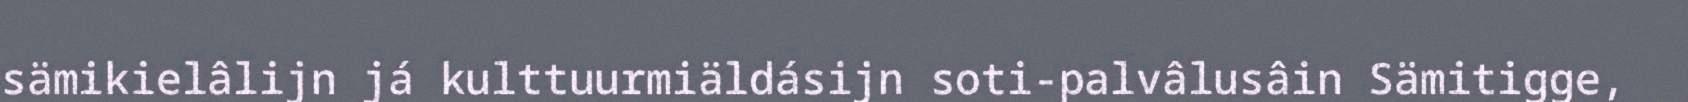
sämikielâlijn já kulttuurmiäldásijn soti-palvâlusâin Sämitigge,